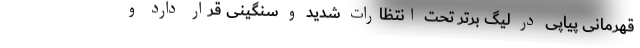
قهرمانی پیاپی در لیگ برتر تحت انتظارات شدید و سنگینی قرار دارد و